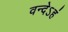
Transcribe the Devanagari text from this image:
वन्देऽहं